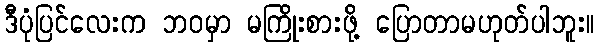
ဒီပုံပြင်လေးက ဘဝမှာ မကြိုးစားဖို့ ပြောတာမဟုတ်ပါဘူး။